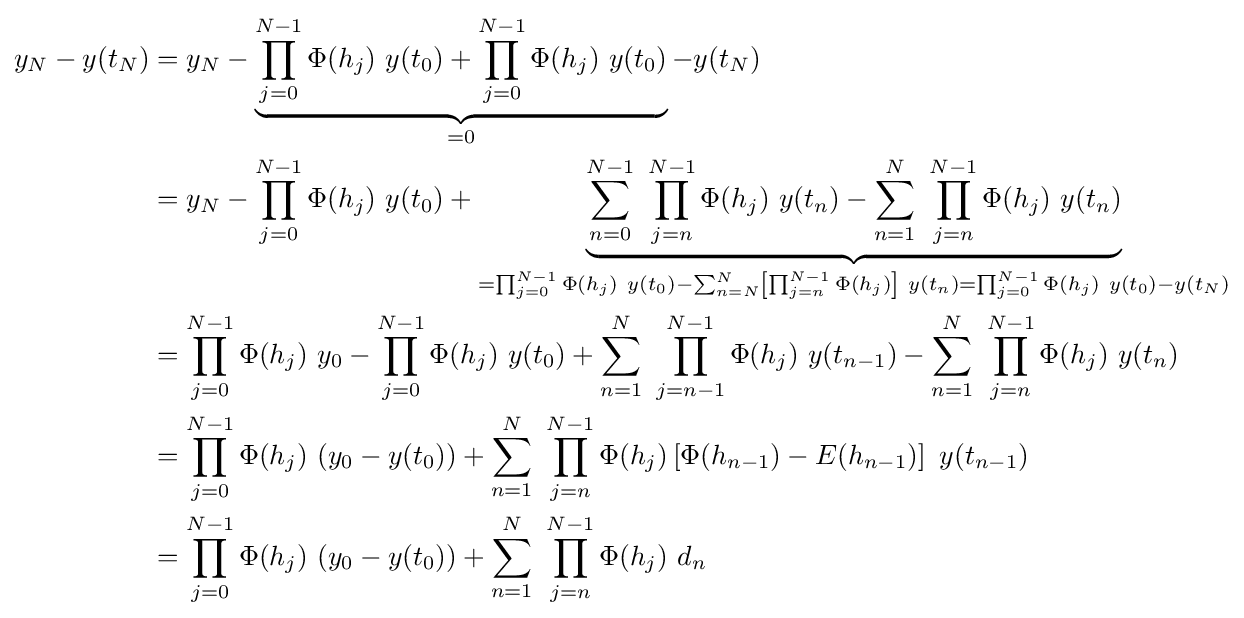
{\begin{aligned}y_{N}-y(t_{N})&{}=y_{N}-\underbrace {\prod _{j=0}^{N-1}\Phi (h_{j})\ y(t_{0})+\prod _{j=0}^{N-1}\Phi (h_{j})\ y(t_{0})} _{=0}-y(t_{N})\\&{}=y_{N}-\prod _{j=0}^{N-1}\Phi (h_{j})\ y(t_{0})+\underbrace {\sum _{n=0}^{N-1}\ \prod _{j=n}^{N-1}\Phi (h_{j})\ y(t_{n})-\sum _{n=1}^{N}\ \prod _{j=n}^{N-1}\Phi (h_{j})\ y(t_{n})} _{=\prod _{j=0}^{N-1}\Phi (h_{j})\ y(t_{0})-\sum _{n=N}^{N}\left[\prod _{j=n}^{N-1}\Phi (h_{j})\right]\ y(t_{n})=\prod _{j=0}^{N-1}\Phi (h_{j})\ y(t_{0})-y(t_{N})}\\&{}=\prod _{j=0}^{N-1}\Phi (h_{j})\ y_{0}-\prod _{j=0}^{N-1}\Phi (h_{j})\ y(t_{0})+\sum _{n=1}^{N}\ \prod _{j=n-1}^{N-1}\Phi (h_{j})\ y(t_{n-1})-\sum _{n=1}^{N}\ \prod _{j=n}^{N-1}\Phi (h_{j})\ y(t_{n})\\&{}=\prod _{j=0}^{N-1}\Phi (h_{j})\ (y_{0}-y(t_{0}))+\sum _{n=1}^{N}\ \prod _{j=n}^{N-1}\Phi (h_{j})\left[\Phi (h_{n-1})-E(h_{n-1})\right]\ y(t_{n-1})\\&{}=\prod _{j=0}^{N-1}\Phi (h_{j})\ (y_{0}-y(t_{0}))+\sum _{n=1}^{N}\ \prod _{j=n}^{N-1}\Phi (h_{j})\ d_{n}\end{aligned}}